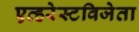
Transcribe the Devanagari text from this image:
एव्हरेस्टविजेता